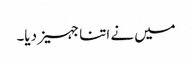
میں نے اتنا جہیز دیا۔